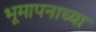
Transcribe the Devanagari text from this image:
भूमापनाच्या